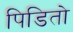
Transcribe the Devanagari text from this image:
पिडितो